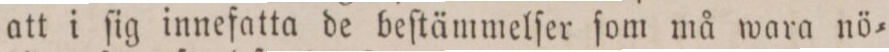
att i ſig innefatta de beſtämmelſer ſom må wara nö=